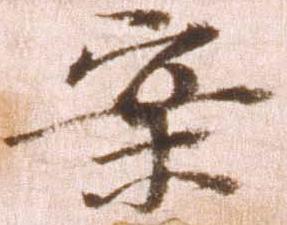
案